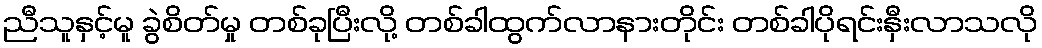
ညီသူနှင့်မူ ခွဲစိတ်မှု တစ်ခုပြီးလို့ တစ်ခါထွက်လာနားတိုင်း တစ်ခါပိုရင်းနှီးလာသလို